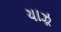
યાઝૂ